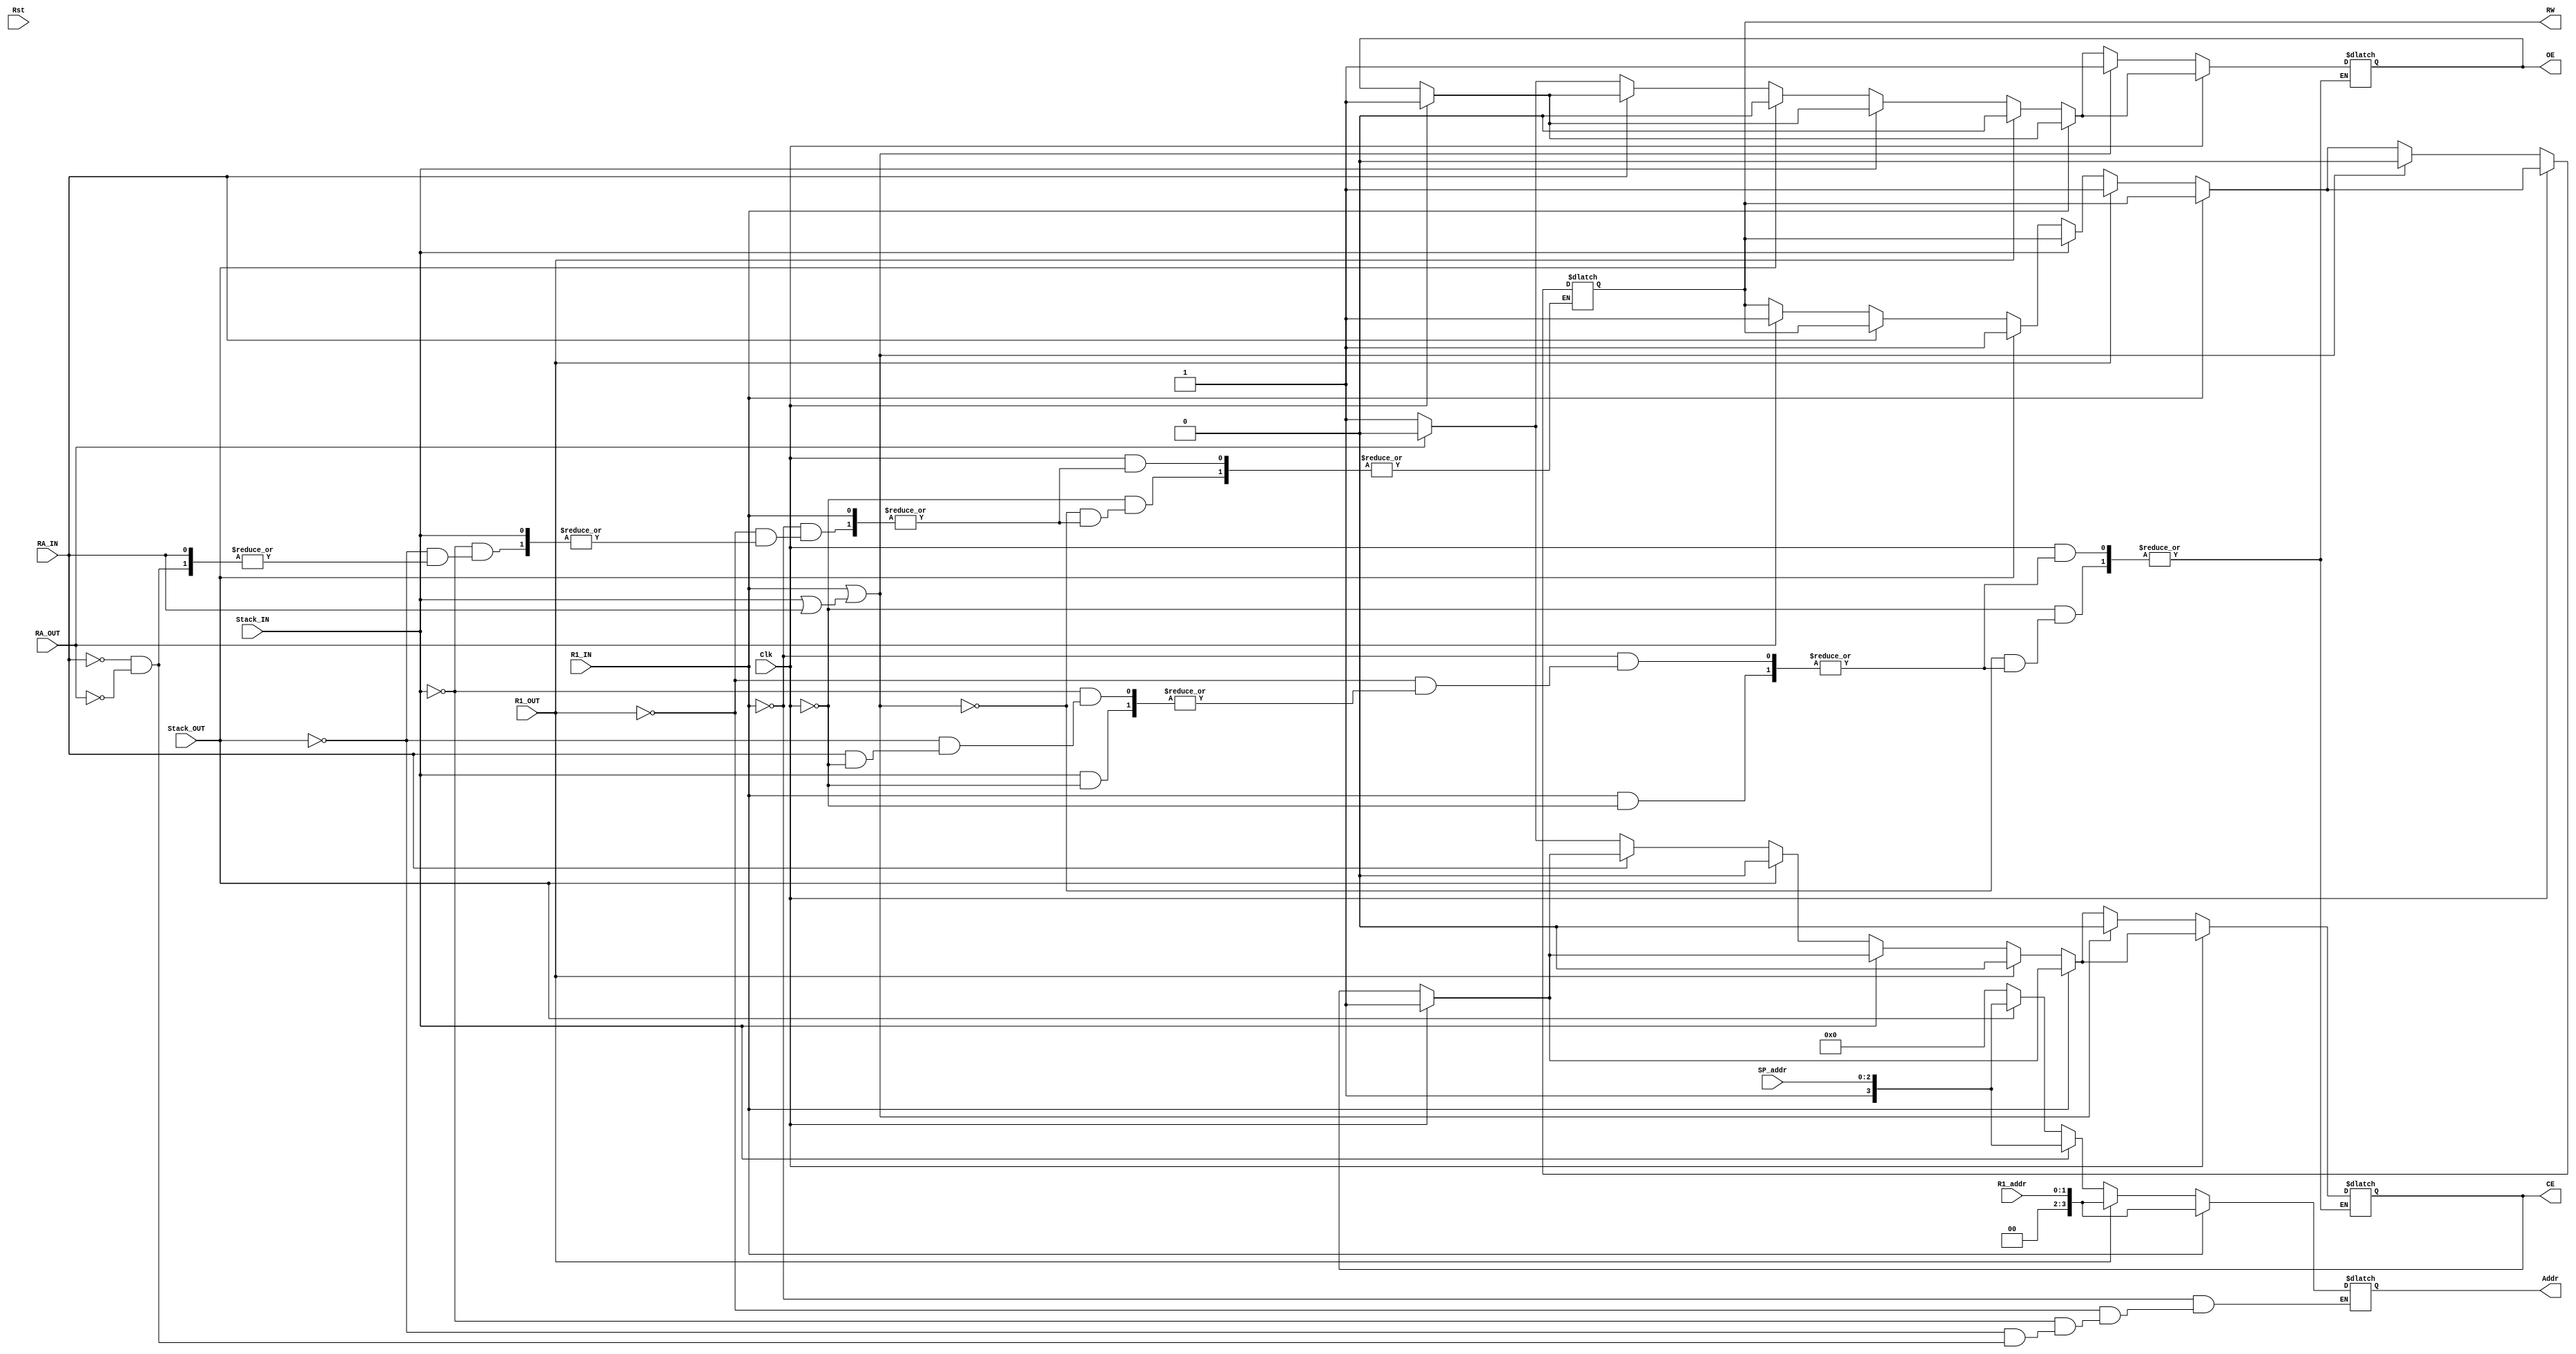
module SRAM_control(Clk, Rst, R1_addr, SP_addr, R1_IN, R1_OUT, Stack_IN, Stack_OUT, RA_IN, RA_OUT, CE, OE, RW, Addr);
  
  input Clk, Rst, R1_IN, R1_OUT, Stack_IN, Stack_OUT, RA_IN, RA_OUT;
  input [1:0] R1_addr;
  input [2:0] SP_addr;
    
  output reg CE, RW, OE;
  output reg [3:0] Addr;

  always@(*)begin
    if(R1_IN==1)begin
      Addr <= {2'b00,R1_addr};
      if(Clk == 1) begin
      CE <= 1;
      OE <= 1;
      end
    end
    else if(R1_OUT==1)begin
      Addr <= {2'b00,R1_addr};
      CE <= 0;
      OE <= 0;
      RW <= 1;
    end
    else if(Stack_IN==1)begin
      Addr <= {1'b1,SP_addr};
      if(Clk == 1) begin
      CE <= 1;
      OE <= 1;
      end
    end
    else if(Stack_OUT==1)begin
      Addr <= {1'b1,SP_addr};
      CE <= 0;
      OE <= 0;
      RW <= 1;
    end
    else if(RA_IN == 1)begin
      Addr <= 4'b0000;
      if(Clk == 1) begin
      CE <= 1;
      OE <= 1;
      end
    end
    else if(RA_OUT == 1)begin
      Addr <= 4'b0000;
      CE <= 0;
      OE <= 0;
      RW <= 1;
    end
    else begin
      CE <= 1;
      OE <= 1;
    end
    
    
    if(Clk==0)begin
        if(R1_IN==1 || Stack_IN==1 | RA_IN == 1)begin
          CE <= 0;
          OE <= 1;
          RW <= 0;
        end
  end
  
    
  end
  
  
endmodule